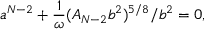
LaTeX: a ^ { N - 2 } + \frac { 1 } { \omega } ( A _ { N - 2 } b ^ { 2 } ) ^ { 5 / 8 } / b ^ { 2 } = 0 ,